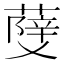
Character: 𦼧